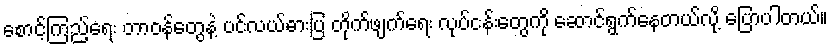
စောင့်ကြည့်ရေး တာဝန်တွေနဲ့ ပင်လယ်ဓားပြ တိုက်ဖျက်ရေး လုပ်ငန်းတွေကို ဆောင်ရွက်နေတယ်လို့ ပြောပါတယ်။